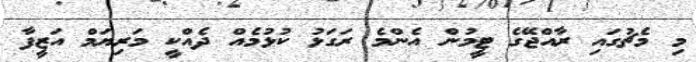
މި މެޗުގައި ރާއްޖޭގެ ޓީމުން އެންމެ ރަގަޅު ކުޅުމެއް ދެއްކީ މަރިޔަމް އަޒީފާ